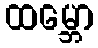
ထမ္ဘော